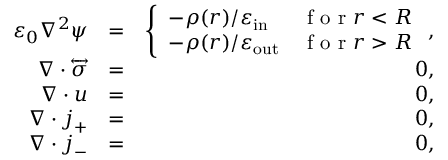
\begin{array} { r l r } { \varepsilon _ { 0 } \nabla ^ { 2 } \psi } & { = } & { \left\{ \begin{array} { l l } { - \rho ( \boldsymbol { r } ) / \varepsilon _ { \mathrm { i n } } } & { \textrm { f o r } r < R } \\ { - \rho ( \boldsymbol { r } ) / \varepsilon _ { \mathrm { o u t } } } & { \textrm { f o r } r > R } \end{array} \right. , } \\ { \nabla \cdot \overleftrightarrow { \boldsymbol { \sigma } } } & { = } & { 0 , } \\ { \nabla \cdot \boldsymbol { u } } & { = } & { 0 , } \\ { \nabla \cdot \boldsymbol { j } _ { + } } & { = } & { 0 , } \\ { \nabla \cdot \boldsymbol { j } _ { - } } & { = } & { 0 , } \end{array}